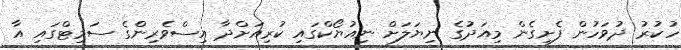
ހުކުރު ދުވަހުން ފެށިގެން މިއަދުގެ ނިޔަލަށް ނިއުޔޯކްގައި ކުރިއަށްދާ އިސްވެރިންގެ ސަމިޓްގައި އާ